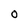
Character: O